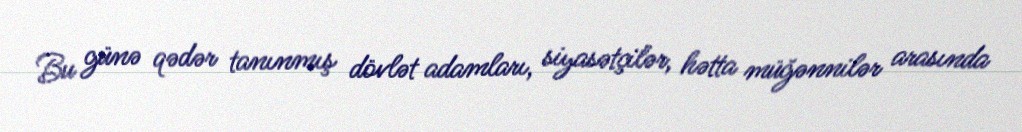
Bu günə qədər tanınmış dövlət adamları, siyasətçilər, hətta müğənnilər arasında